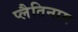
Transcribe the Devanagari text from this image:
प्लैतिनाम